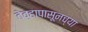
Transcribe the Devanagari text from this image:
तेव्हापासूनच्या